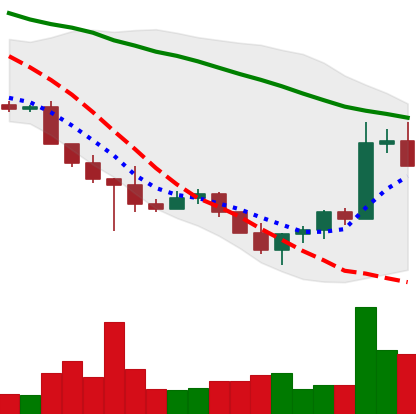
Ticker: ADA-USD
Chart end date: 2022-10-27
Forward return: 3.269%
Label: up_3_5